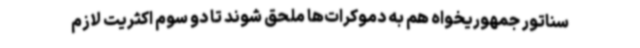
سناتور جمهوریخواه هم به دموکرات‌ها ملحق شوند تا دو سوم اکثریت لازم